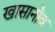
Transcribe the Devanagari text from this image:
खासानोव